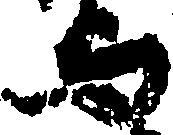
与